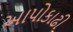
આપોકાઢી